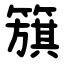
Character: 簱